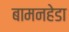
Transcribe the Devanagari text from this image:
बामनहेडा